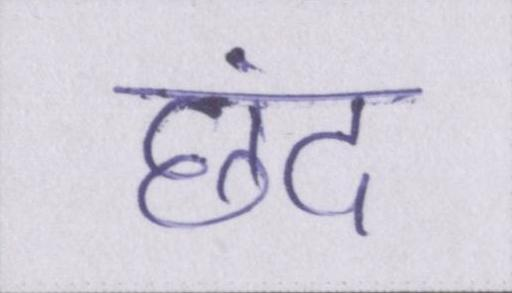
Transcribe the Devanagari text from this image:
छंद